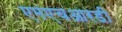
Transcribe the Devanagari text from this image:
एमएचआरडी